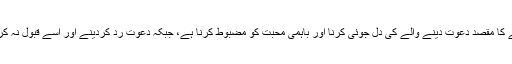
کیونکہ ہدیہ اور دعوت قبول کرنے کا مقصد دعوت دینے والے کی دل جوئی کرنا اور باہمی محبت کو مضبوط کرنا ہے، جبکہ دعوت رد کردینے اور اسے قبول نہ کرنے سے نفرت و عداوت جنم لیتی۔